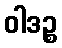
ဝါဒဉ္စ